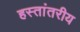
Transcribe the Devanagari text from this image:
हस्‍तांतरीय